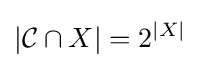
|{\mathcal {C}}\cap X|=2^{|X|}